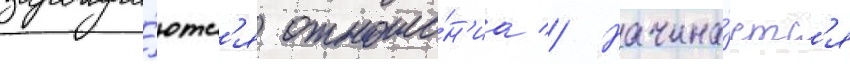
зарожда́ютс'я отноше́н'иа // Начина́етс'я